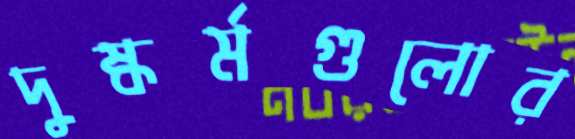
দুষ্কর্মগুলোর